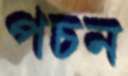
পচন